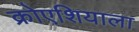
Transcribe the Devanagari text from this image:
क्रोएशियाला